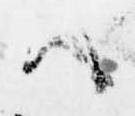
ハ